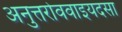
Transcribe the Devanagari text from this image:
अनुत्तरोववाइयदसा